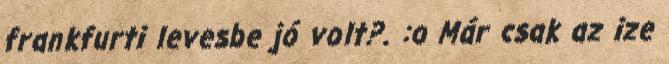
frankfurti levesbe jó volt?. :o Már csak az ize